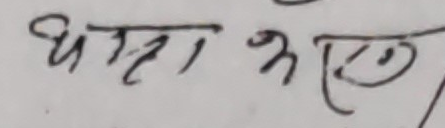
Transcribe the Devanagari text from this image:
धक्का कलैं